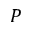
P